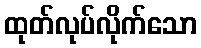
ထုတ်လုပ်လိုက်သော